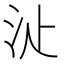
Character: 𣲓